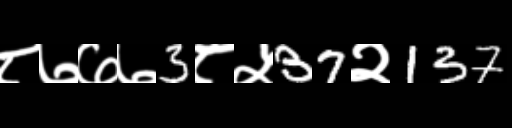
Text: ८७७७3८५37२137